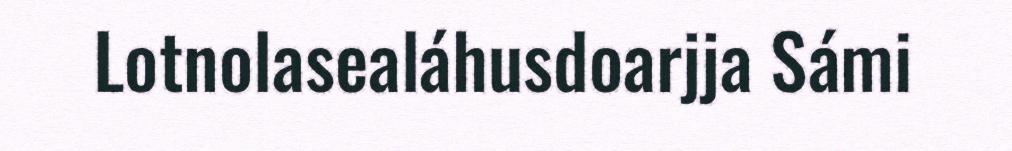
Lotnolasealáhusdoarjja Sámi